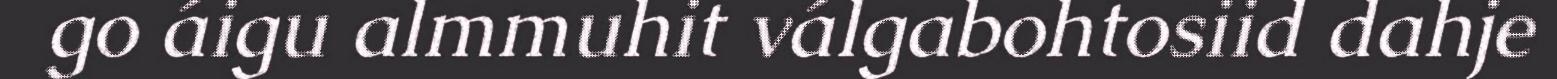
go áigu almmuhit válgabohtosiid dahje